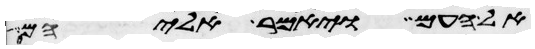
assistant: אל העם ויאמר אליהם